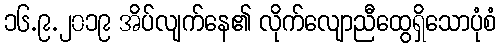
၁၆.၉.၂၀၁၉ အိပ်လျက်နေ၏ လိုက်လျောညီထွေရှိသောပုံစံ